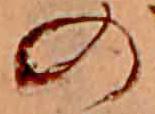
の